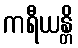
ကရီယန္တိ